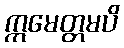
ဣမေတ္တမပိ